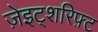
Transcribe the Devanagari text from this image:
ज़ेइट्शरिफ़्ट